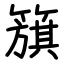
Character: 簱